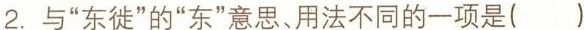
2.与”东徙”的”东”意思、用法不同的一项是( )